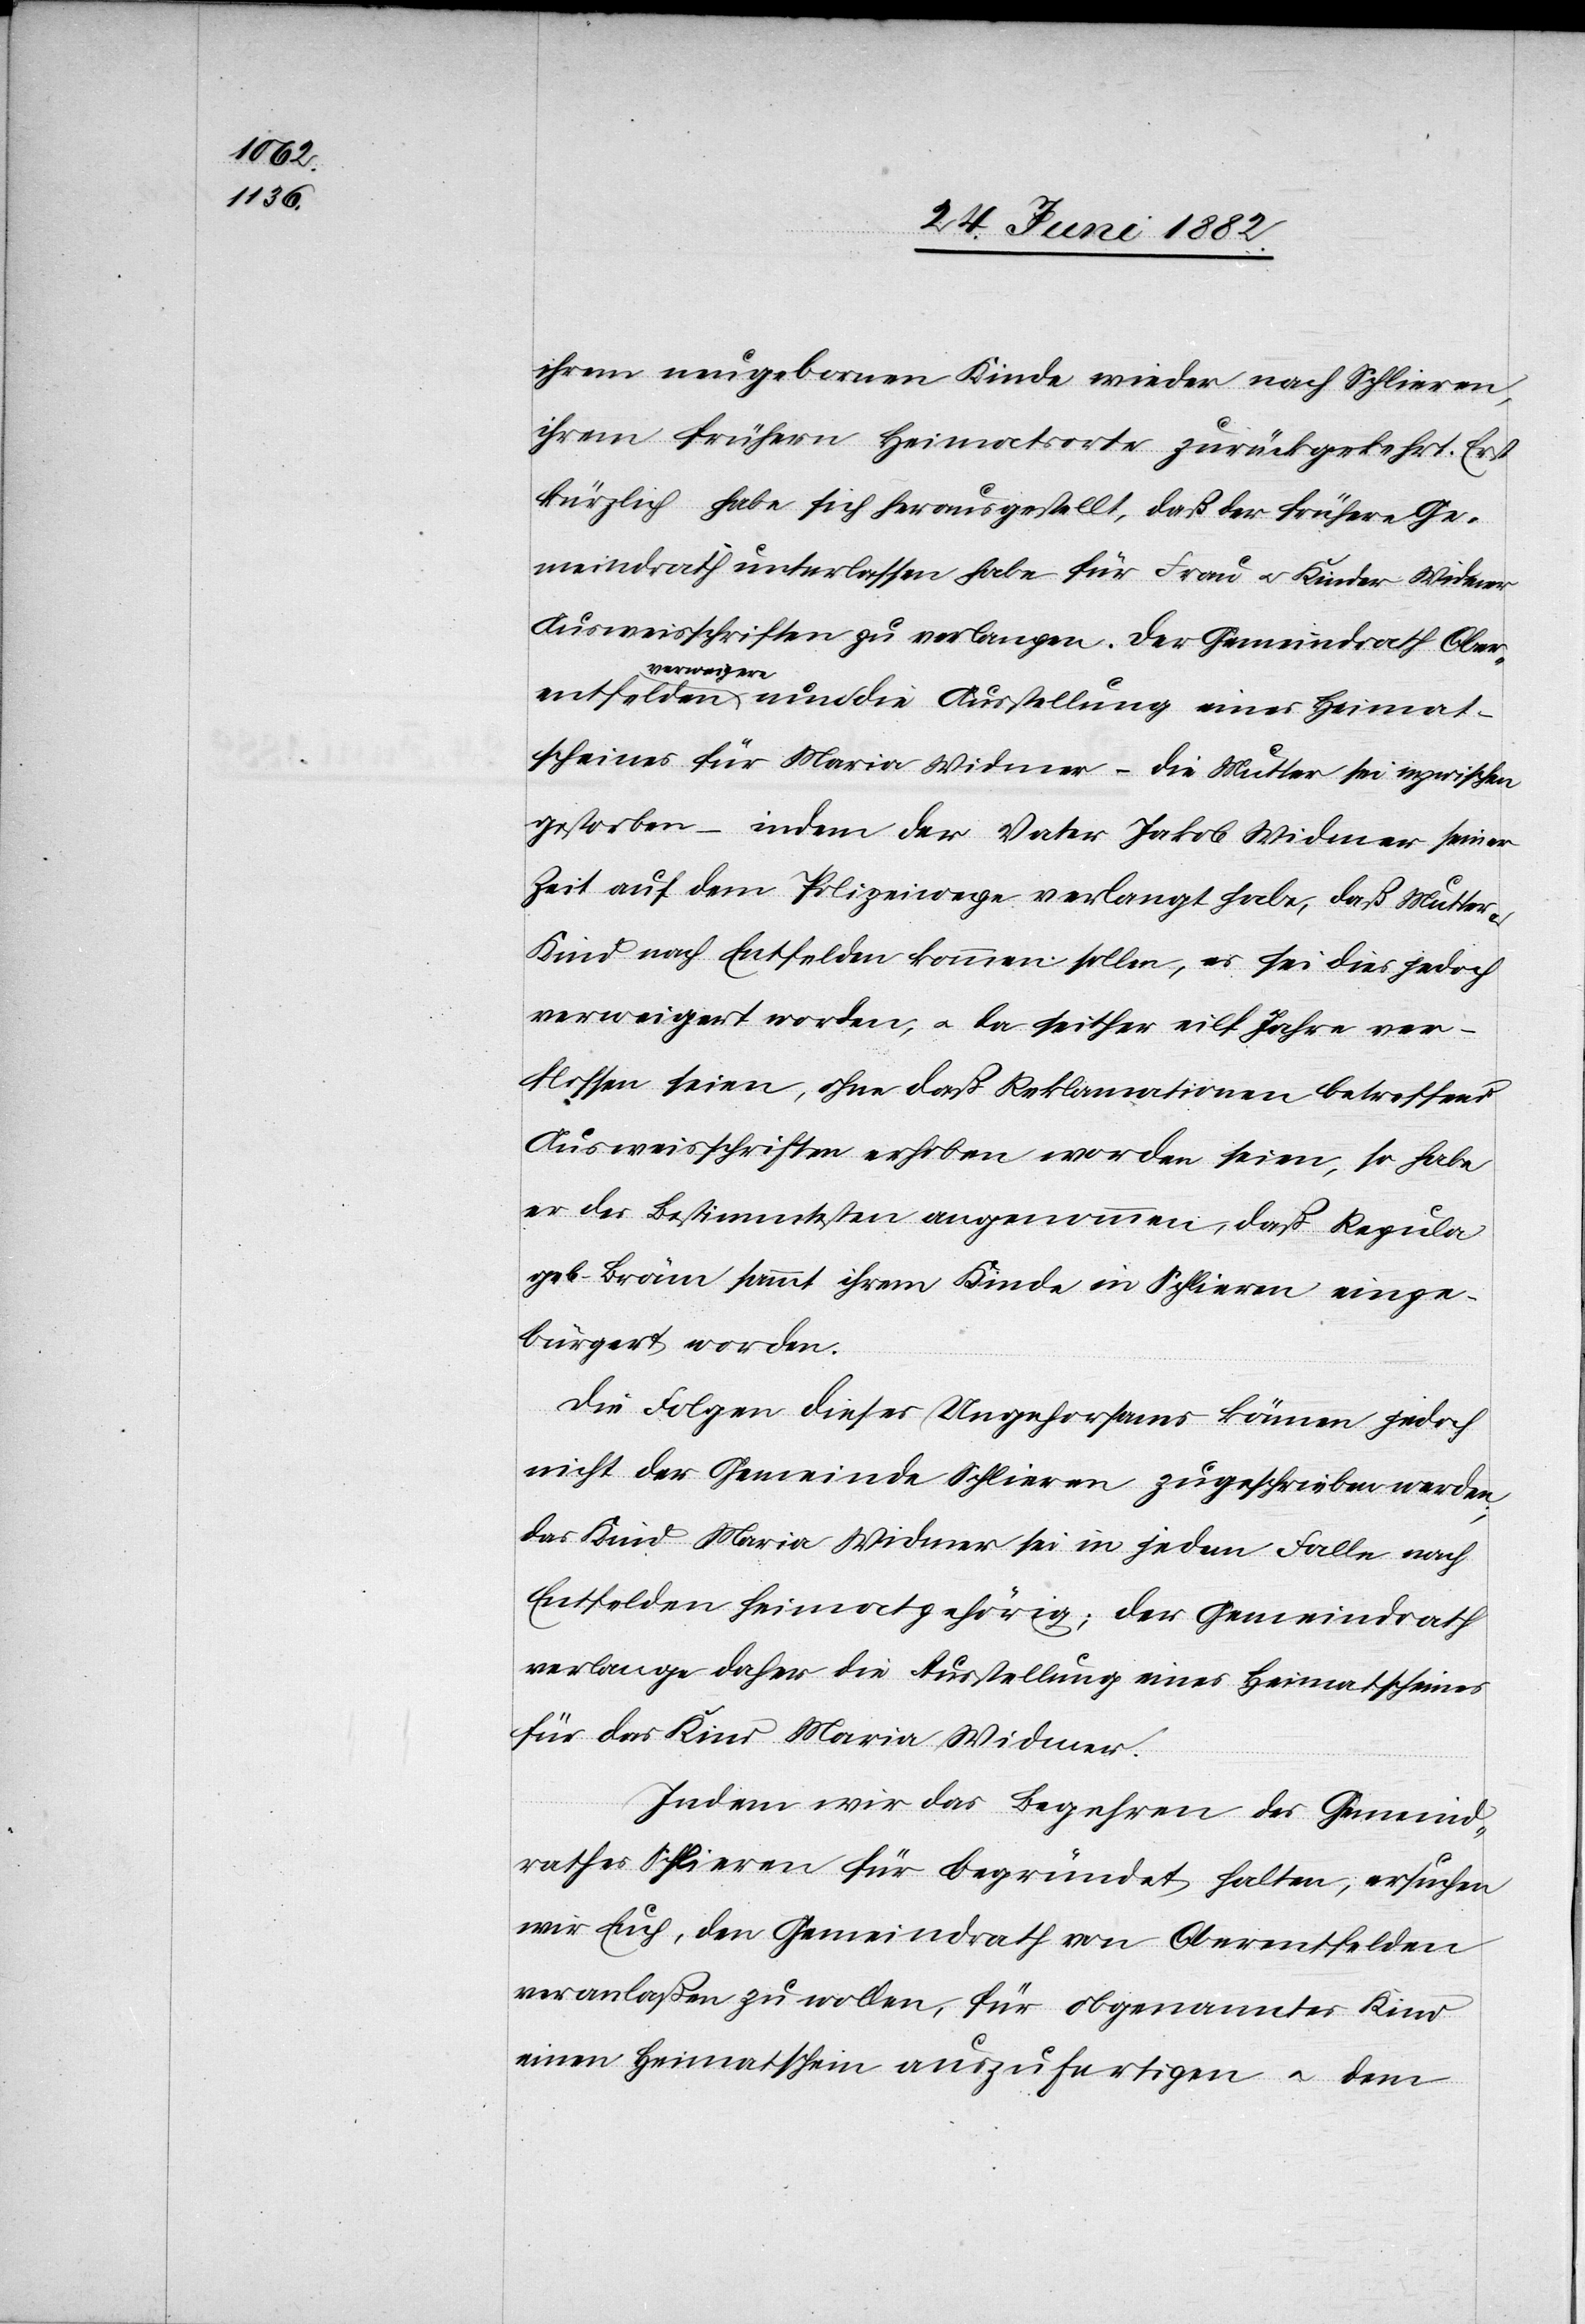
ihrem ungebornen Kinde wieder nach Schlieren,
ihrem frühern Heimatsorte zurückgekehrt. Erst
kürzlich habe sich herausgestellt, daß der frühere Ge¬
meindrath unterlassen habe für Frau u. Kinder Widmer
Ausweisschriften zu verlangen. Der Gemeindrath Ober¬
u.
entfelden verweigere nun die Ausstellung eines Heimat¬
scheines für Maria Widmer – die Mutter sei inzwischen
gestorben – indem der Vater Jakob Widmer seiner
Zeit auf dem Polizeiwege verlangt habe, daß Mutter
Kind nach Entfelden kommen sollen, es sei dies jedoch
verweigert worden, u. da seither eilf Jahre ver¬
flossen seien, ohne daß Reklamationen betreffend
Ausweisschriften erhoben worden seien, so habe
er des Bestimmtesten angenommen, daß Regula
geb. Bräm sammt ihrem Kinde in Schlieren einge¬
bürgert worden.
Die Folgen dieses Ungehorsams können jedoch
nicht der Gemeinde Schlieren zugeschrieben werden;
das Kind Maria Widmer sei in jedem Falle nach
Entfelden heimatgehörig; der Gemeindrath
verlange daher die Ausstellung eines Heimatscheines
für das Kind Maria Widmer.
Indem wir das Begehren des Gemeind¬
rathes Schlieren für begründet halten, ersuchen
wir Euch, den Gemeindrath von Oberentfelden
veranlaßen zu wollen, für obgenanntes Kind
einen Heimatschein auszufertigen u. dem